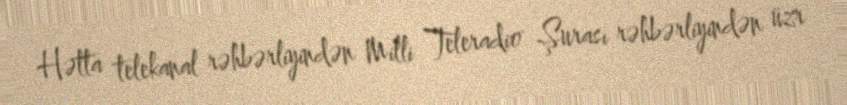
Hətta telekanal rəhbərliyindən Milli Teleradio Şurası rəhbərliyindən üzr